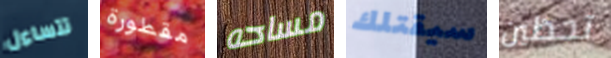
تتساءل مقطورة مساحه سيقتلك تحظين